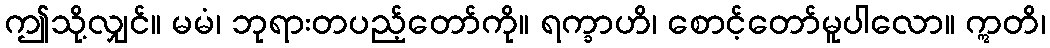
ဤသို့လျှင်။ မမံ၊ ဘုရားတပည့်တော်ကို။ ရက္ခာဟိ၊ စောင့်တော်မူပါလော။ ဣတိ၊